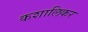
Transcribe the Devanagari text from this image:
कशालिकर